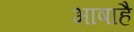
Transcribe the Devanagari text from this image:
भाषाहै